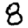
Digit: 8